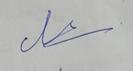
Signature authenticity: genuine